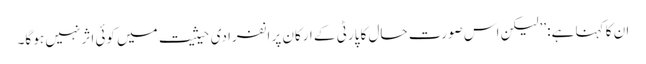
ان کا کہنا ہے: ’’لیکن اس صورت حال کا پارٹی کے ارکان پر انفرادی حیثیت میں کوئی اثر نہیں ہو گا۔